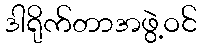
ဒါရိုက်တာအဖွဲ့ဝင်